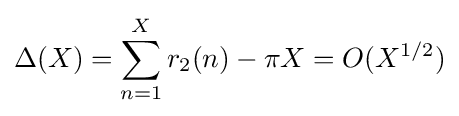
\Delta (X)=\sum _{n=1}^{X}r_{2}(n)-\pi X=O(X^{1/2})